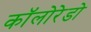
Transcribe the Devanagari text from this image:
कॉलोरेडो